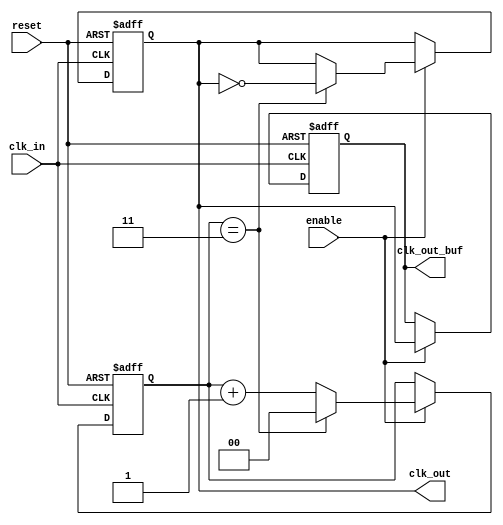
module clk_divider_buffer #(
    parameter N = 4  // Division factor (must be a positive integer)
) (
    input wire clk_in,      // Input clock signal
    input wire reset,       // Reset signal
    input wire enable,      // Enable signal
    output reg clk_out,     // Divided clock output
    output reg clk_out_buf  // Buffered clock output
);

    // Internal counter
    reg [$clog2(N)-1:0] counter; // Counter to track clock cycles

    // Reset and clock division logic
    always @(posedge clk_in or posedge reset) begin
        if (reset) begin
            counter <= 0;
            clk_out <= 0;
        end else if (enable) begin
            if (counter == (N-1)) begin
                clk_out <= ~clk_out; // Toggle output clock
                counter <= 0;        // Reset counter
            end else begin
                counter <= counter + 1; // Increment counter
            end
        end
    end

    // Buffered output logic
    always @(posedge clk_in or posedge reset) begin
        if (reset) begin
            clk_out_buf <= 0;
        end else if (enable) begin
            clk_out_buf <= clk_out; // Buffer the divided clock
        end
    end

endmodule